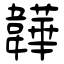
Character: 韡